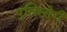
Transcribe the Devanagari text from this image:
पुलिस्सेरी